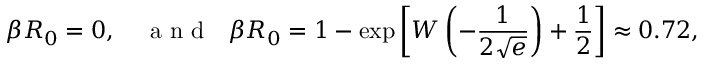
\beta R _ { 0 } = 0 , ~ ~ ~ \mathrm { ~ a ~ n ~ d ~ } ~ ~ \beta R _ { 0 } = 1 - \exp \left[ W \left( - \frac { 1 } { 2 \sqrt { e } } \right) + \frac { 1 } { 2 } \right] \approx 0 . 7 2 ,